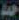
حمد